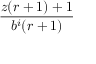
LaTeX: \frac { z ( r + 1 ) + 1 } { b ^ { i } ( r + 1 ) }